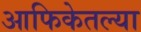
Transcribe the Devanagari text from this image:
आफिकेतल्या